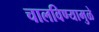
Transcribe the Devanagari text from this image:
चालविण्यामुळे